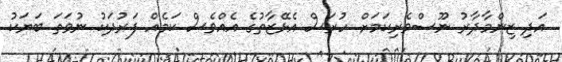
އަދި ޒިންމާދާރު ނޫސްވެރިކަމަށް ހުރަސް އެޅޭޒާތުގެ އެއްވެސް ކަމެއް ފަރުދަކު ނުވަތަ ބަޔަކު